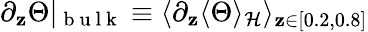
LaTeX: \partial_{\mathbf{z}}\Theta\vert_{\mathrm{{~b~u~l~k~}}}\equiv\langle\partial_{\mathbf{z}}\langle\Theta\rangle_{\mathcal{{H}}}\rangle_{\mathbf{z}\in[0.2,0.8]}